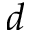
d